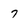
Character: 7